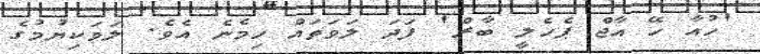
'ހުއާ ހޭ އާޖް ޕެހެލީ ބާރް' ފަދަ ލަވަތައް ހިމެނެ އެވެ. ލަވަކިޔުމުގެ